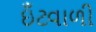
ઇઁટવાળી